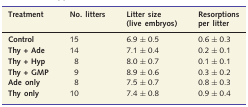
<table><thead><tr><td><b>Treatment</b></td><td><b>No. litters</b></td><td><b>Litter size (live embryos)</b></td><td><b>Resorptions per litter</b></td></tr></thead><tbody><tr><td><b>Control</b></td><td>15</td><td>6.9 ± 0.5</td><td>0.6 ± 0.3</td></tr><tr><td><b>Thy + Ade</b></td><td>14</td><td>7.1 ± 0.4</td><td>0.2 ± 0.1</td></tr><tr><td><b>Thy + Hyp</b></td><td>8</td><td>8.0 ± 0.7</td><td>0.1 ± 0.1</td></tr><tr><td><b>Thy + GMP</b></td><td>9</td><td>8.9 ± 0.6</td><td>0.3 ± 0.2</td></tr><tr><td><b>Ade only</b></td><td>8</td><td>7.5 ± 0.7</td><td>0.8 ± 0.3</td></tr><tr><td><b>Thy only</b></td><td>10</td><td>7.4 ± 0.8</td><td>0.9 ± 0.4</td></tr></tbody></table>